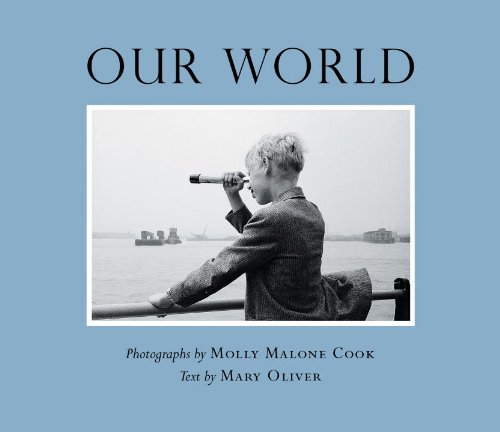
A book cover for Our World; Mary Oliver; Arts & Photography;